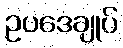
ဥပဒေချုပ်